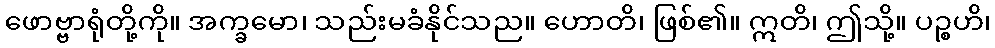
ဖောဗ္ဗာရုံတို့ကို။ အက္ခမော၊ သည်းမခံနိုင်သည။ ဟောတိ၊ ဖြစ်၏။ ဣတိ၊ ဤသို့။ ပဉ္စဟိ၊